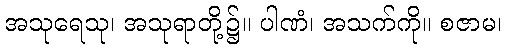
အသုရေသု၊ အသုရာတို့၌။ ပါဏံ၊ အသက်ကို။ စဇာမ၊